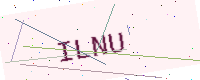
Text: ILNU